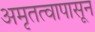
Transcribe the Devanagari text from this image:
अमृतत्वापासून